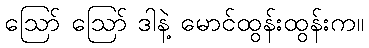
ဪ ဪ ဒါနဲ့ မောင်ထွန်းထွန်းက။